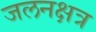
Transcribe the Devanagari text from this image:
जलनक्षत्र